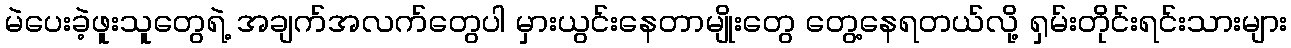
မဲပေးခဲ့ဖူးသူတွေရဲ့ အချက်အလက်တွေပါ မှားယွင်းနေတာမျိုးတွေ တွေ့နေရတယ်လို့ ရှမ်းတိုင်းရင်းသားများ